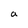
Character: a